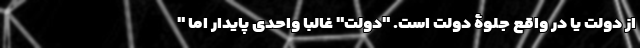
از دولت یا در واقع جلوۀ دولت است. "دولت" غالبا واحدی پایدار اما "